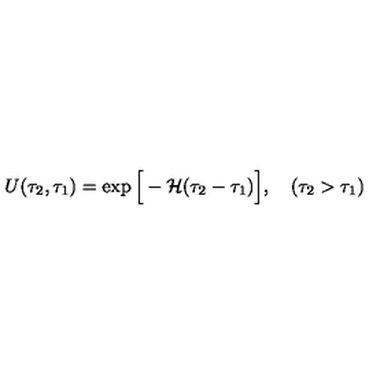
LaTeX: U ( \tau _ { 2 } , \tau _ { 1 } ) = \exp \Big [ - { \cal H } ( \tau _ { 2 } - \tau _ { 1 } ) \Big ] , \quad ( \tau _ { 2 } > \tau _ { 1 } )